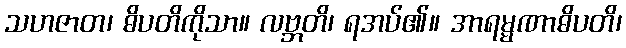
သဟဇာတ၊ ဓိပတိကိုသာ။ လဗ္ဘတိ၊ ရအပ်၏။ အာရမ္မဏာဓိပတိ၊